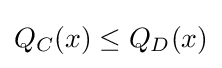
{\textstyle Q_{C}(x)\leq Q_{D}(x)}